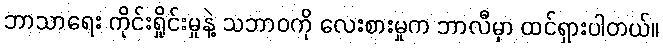
ဘာသာရေး ကိုင်းရှိုင်းမှုနဲ့ သဘာဝကို လေးစားမှုက ဘာလီမှာ ထင်ရှားပါတယ်။